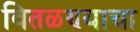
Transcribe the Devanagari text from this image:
वितळण्याचा